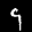
Label: 9